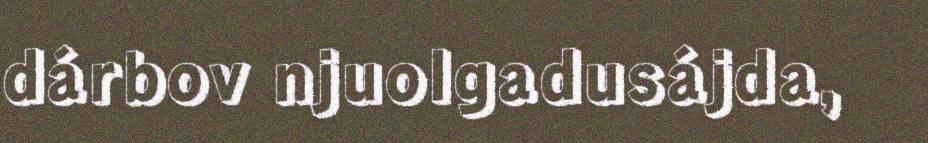
dárbov njuolgadusájda,